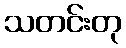
သတင်းတု